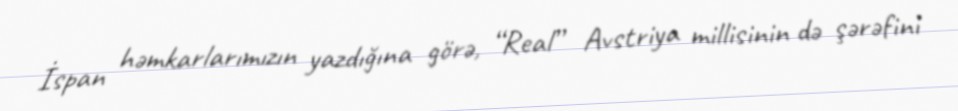
İspan həmkarlarımızın yazdığına görə, “Real” Avstriya millisinin də şərəfini